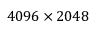
4 0 9 6 \times 2 0 4 8